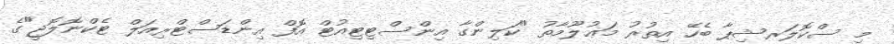
މި ސްކޮލަރޝިޕާ ބެހޭ އިތުރު މަޢުލޫމާތު "ކަލިންގާ އިންސްޓިޓިއުޓް އޮފް އިންޑަސްޓްރިއަލް ޓެކްނޮލޮޖީ"ގެ